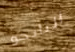
التانجو